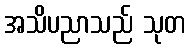
အသိပညာသည် သုတ